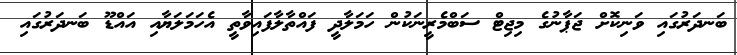
ބަނދަރުގައި ވަނިކޮށް ޖަޕާނުގެ މިޖިޓް ސަބްމެރީނަކުން ހަމަލާދީ ފައްތާލާފައިވާތީ އެހަމަލަޔާއި އައްޑޫ ބަނދަރުގައި